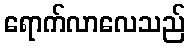
ရောက်လာလေသည်